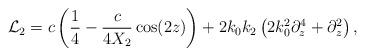
LaTeX: \begin{align*}\mathcal L_2 = c\left(\frac14 - \frac c{4X_2}\cos(2z)\right)+2k_0k_2\left(2k_0^2\partial_z^4+\partial_z^2\right),\end{align*}